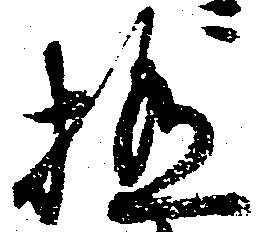
極